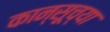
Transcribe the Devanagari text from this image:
कान्सूच्या